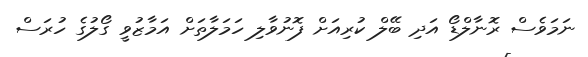
ނަމަވެސް ރޮނާލްޑޯ އަދި ބޭލް ކުރިއަށް ފޮނުވާލި ހަމަލާތަށް އަމާޒުވީ ގޯލުގެ ހުރަސް